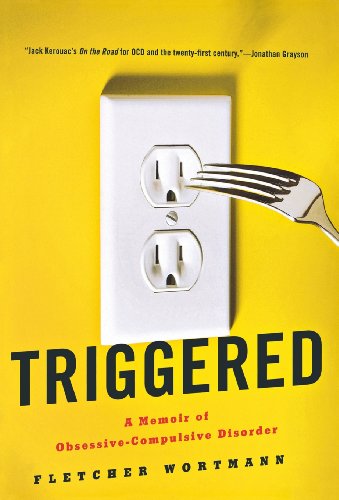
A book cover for Triggered: A Memoir of Obsessive-Compulsive Disorder; Fletcher Wortmann; Humor & Entertainment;